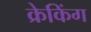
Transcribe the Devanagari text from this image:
क्रेकिंग